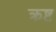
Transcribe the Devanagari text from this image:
क्रष्ट